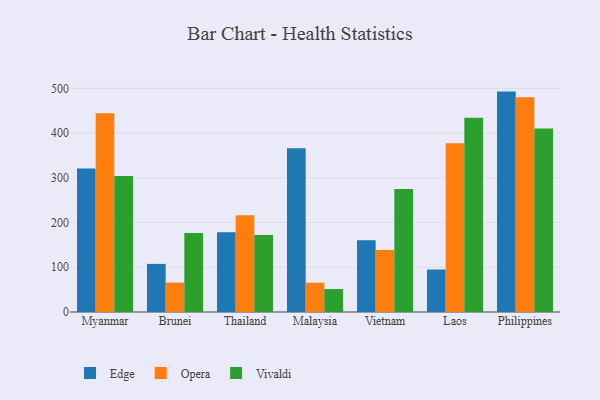
{"axis": {"x": "Country", "y": "Inventory Turnover"}, "legend": ["Edge", "Opera", "Vivaldi"], "data": [{"x": "Myanmar", "y": 320.9, "type": "Edge"}, {"x": "Myanmar", "y": 444.3, "type": "Opera"}, {"x": "Myanmar", "y": 304.0, "type": "Vivaldi"}, {"x": "Brunei", "y": 107.5, "type": "Edge"}, {"x": "Brunei", "y": 65.7, "type": "Opera"}, {"x": "Brunei", "y": 176.5, "type": "Vivaldi"}, {"x": "Thailand", "y": 178.2, "type": "Edge"}, {"x": "Thailand", "y": 216.1, "type": "Opera"}, {"x": "Thailand", "y": 171.9, "type": "Vivaldi"}, {"x": "Malaysia", "y": 365.8, "type": "Edge"}, {"x": "Malaysia", "y": 65.5, "type": "Opera"}, {"x": "Malaysia", "y": 51.3, "type": "Vivaldi"}, {"x": "Vietnam", "y": 160.5, "type": "Edge"}, {"x": "Vietnam", "y": 138.7, "type": "Opera"}, {"x": "Vietnam", "y": 274.7, "type": "Vivaldi"}, {"x": "Laos", "y": 95.0, "type": "Edge"}, {"x": "Laos", "y": 377.4, "type": "Opera"}, {"x": "Laos", "y": 434.4, "type": "Vivaldi"}, {"x": "Philippines", "y": 492.7, "type": "Edge"}, {"x": "Philippines", "y": 480.3, "type": "Opera"}, {"x": "Philippines", "y": 410.0, "type": "Vivaldi"}]}